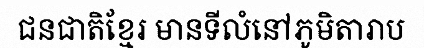
ជនជាតិខ្មែរ មានទីលំនៅភូមិតារាប